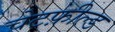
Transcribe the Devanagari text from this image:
चेटफ़ील्ड